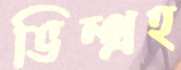
ভিন্গ্রহ